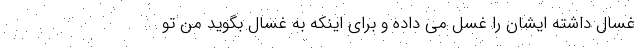
غسّال داشته ایشان را غسل می داده و برای اینکه به غسال بگوید من تو